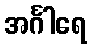
အင်္ဂါရေ